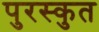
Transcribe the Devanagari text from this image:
पुरस्कुत